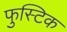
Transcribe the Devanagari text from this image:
फुस्टिक